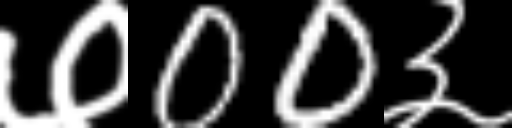
Text: ७00३